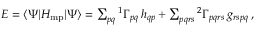
\begin{array} { r } { E = \langle \Psi | H _ { \mathrm { m p } } | \Psi \rangle = \sum _ { p q } { ^ { 1 } \Gamma } _ { p q } \, h _ { q p } + \sum _ { p q r s } { ^ { 2 } \Gamma } _ { p q r s } \, g _ { r s p q } \, , } \end{array}